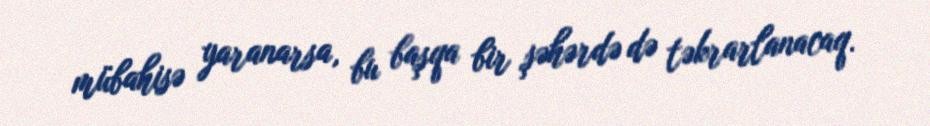
mübahisə yaranarsa, bu başqa bir şəhərdə də təkrarlanacaq.